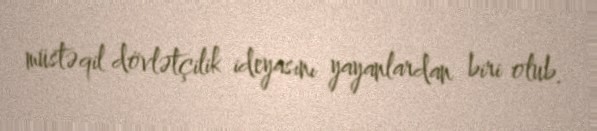
müstəqil dövlətçilik ideyasını yayanlardan biri olub.